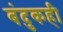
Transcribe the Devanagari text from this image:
बंदुकही